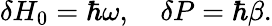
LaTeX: \delta H_{0}=\hbar\omega,\quad\delta P=\hbar\beta.